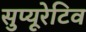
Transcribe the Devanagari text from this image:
सुप्यूरेटिव